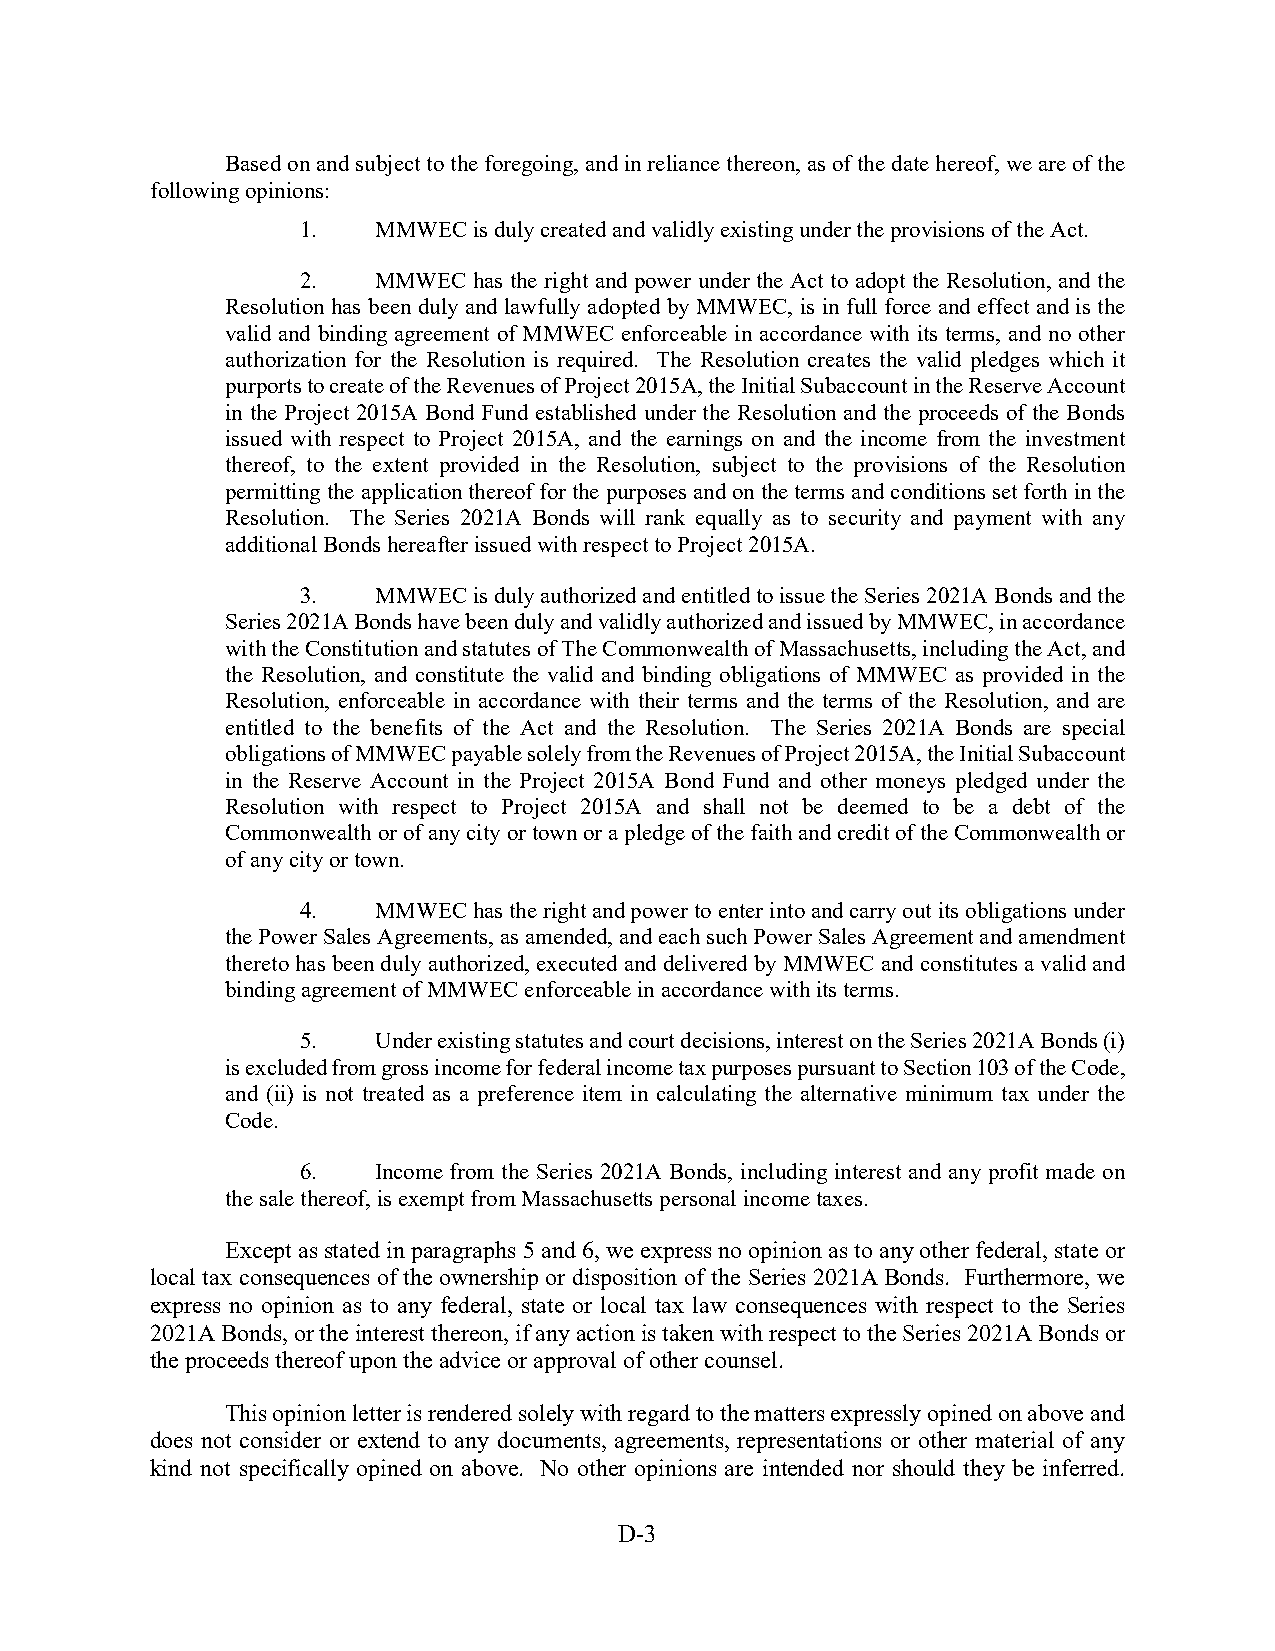
Based on and subject to the foregoing, and in reliance thereon, as of the date hereof, we are of the
 following opinions:
 1.   MMWEC is duly created and validly existing under the provisions of the Act.
 2.   MMWEC has the right and power under the Act to adopt the Resolution, and the
 Resolution has been duly and lawfully adopted by MMWEC, is in full force and effect and is the
 valid and binding agreement of MMWEC enforceable in accordance with its terms, and no other
 authorization for the Resolution is required. The Resolution creates the valid pledges which it
 purports to create of the Revenues of Project 2015A, the Initial Subaccount in the Reserve Account
 in the Project 2015A Bond Fund established under the Resolution and the proceeds of the Bonds
 issued with respect to Project 2015A, and the earnings on and the income from the investment
 thereof, to the extent provided in the Resolution, subject to the provisions of the Resolution
 permitting the application thereof for the purposes and on the terms and conditions set forth in the
 Resolution. The Series 2021A Bonds will rank equally as to security and payment with any
 additional Bonds hereafter issued with respect to Project 2015A.
 3.   MMWEC is duly authorized and entitled to issue the Series 2021A Bonds and the
 Series 2021A Bonds have been duly and validly authorized and issued by MMWEC, in accordance
 with the Constitution and statutes of The Commonwealth of Massachusetts, including the Act, and
 the Resolution, and constitute the valid and binding obligations of MMWEC as provided in the
 Resolution, enforceable in accordance with their terms and the terms of the Resolution, and are
 entitled to the benefits of the Act and the Resolution. The Series 2021A Bonds are special
 obligations of MMWEC payable solely from the Revenues of Project 2015A, the Initial Subaccount
 in the Reserve Account in the Project 2015A Bond Fund and other moneys pledged under the
 Resolution with respect to Project 2015A and shall not be deemed to be a debt of the
 Commonwealth or of any city or town or a pledge of the faith and credit of the Commonwealth or
 of any city or town.
 4.   MMWEC has the right and power to enter into and carry out its obligations under
 the Power Sales Agreements, as amended, and each such Power Sales Agreement and amendment
 thereto has been duly authorized, executed and delivered by MMWEC and constitutes a valid and
 binding agreement of MMWEC enforceable in accordance with its terms.
 5.   Under existing statutes and court decisions, interest on the Series 2021A Bonds (i)
 is excluded from gross income for federal income tax purposes pursuant to Section 103 of the Code,
 and (ii) is not treated as a preference item in calculating the alternative minimum tax under the
 Code.
 6.   Income from the Series 2021A Bonds, including interest and any profit made on
 the sale thereof, is exempt from Massachusetts personal income taxes.
 Except as stated in paragraphs 5 and 6, we express no opinion as to any other federal, state or
 local tax consequences of the ownership or disposition of the Series 2021A Bonds. Furthermore, we
 express no opinion as to any federal, state or local tax law consequences with respect to the Series
 2021A Bonds, or the interest thereon, if any action is taken with respect to the Series 2021A Bonds or
 the proceeds thereof upon the advice or approval of other counsel.
 This opinion letter is rendered solely with regard to the matters expressly opined on above and
 does not consider or extend to any documents, agreements, representations or other material of any
 kind not specifically opined on above. No other opinions are intended nor should they be inferred.
 D-3